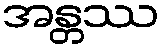
အန္တဿ